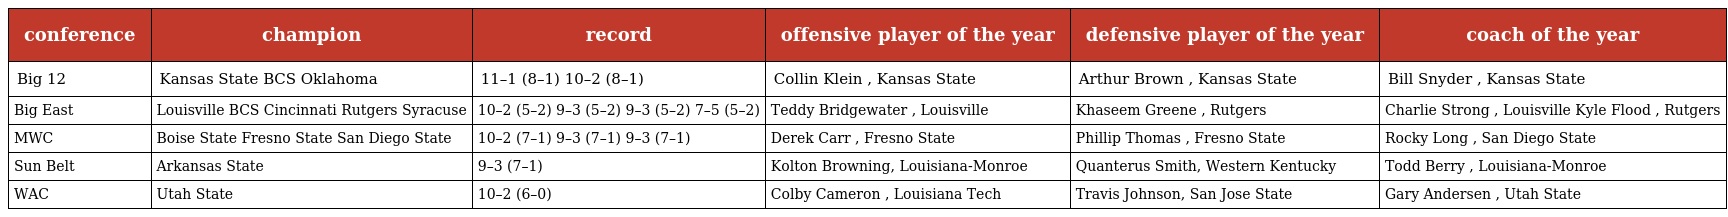
| conference | champion | record | offensive player of the year | defensive player of the year | coach of the year |
 | --- | --- | --- | --- | --- | --- |
 | Big 12 | Kansas State BCS Oklahoma | 11–1 (8–1) 10–2 (8–1) | Collin Klein , Kansas State | Arthur Brown , Kansas State | Bill Snyder , Kansas State |
 | Big East | Louisville BCS Cincinnati Rutgers Syracuse | 10–2 (5–2) 9–3 (5–2) 9–3 (5–2) 7–5 (5–2) | Teddy Bridgewater , Louisville | Khaseem Greene , Rutgers | Charlie Strong , Louisville Kyle Flood , Rutgers |
 | MWC | Boise State Fresno State San Diego State | 10–2 (7–1) 9–3 (7–1) 9–3 (7–1) | Derek Carr , Fresno State | Phillip Thomas , Fresno State | Rocky Long , San Diego State |
 | Sun Belt | Arkansas State | 9–3 (7–1) | Kolton Browning, Louisiana-Monroe | Quanterus Smith, Western Kentucky | Todd Berry , Louisiana-Monroe |
 | WAC | Utah State | 10–2 (6–0) | Colby Cameron , Louisiana Tech | Travis Johnson, San Jose State | Gary Andersen , Utah State |